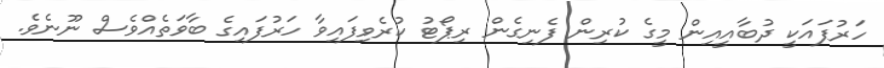
ހަރުފައަކީ ދުބާއީއިން މީގެ ކުރިން ފެނިގެން ރިޕޯޓު ކުރެވިފައިވާ ހަރުފައިގެ ބާވަތެއްވެސް ނޫނެވެ.